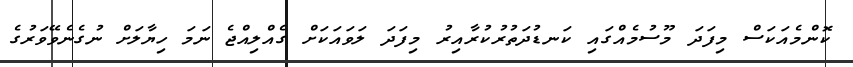
ކޮންމެއަކަސް މިފަދަ މޫސުމެއްގައި ކަނޑުދަތުރުކުރާއިރު މިފަދަ ލަވައަކަށް ގެއްލިއްޖެ ނަމަ ހިޔާލަށް ނުގެނެވޭވަރުގެ